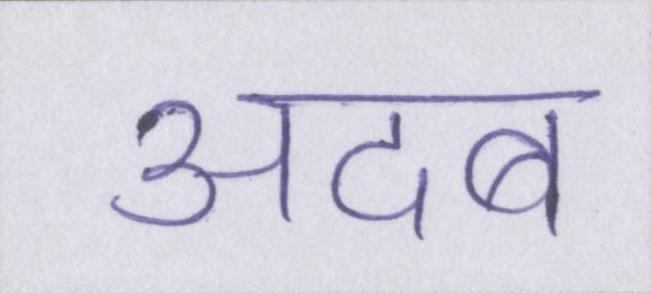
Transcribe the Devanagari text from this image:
अदब